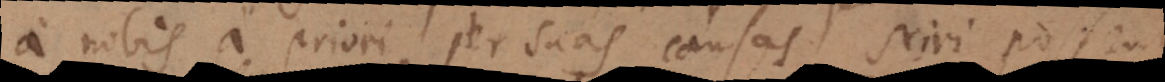
a nobis a priori per suas causas sciri possent